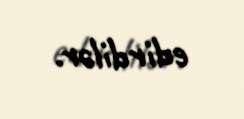
edirdilər.